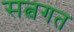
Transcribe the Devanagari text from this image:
सत्वगत